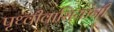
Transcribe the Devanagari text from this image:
पृथ्वीवासियांनी